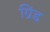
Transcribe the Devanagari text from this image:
ग्रिंड